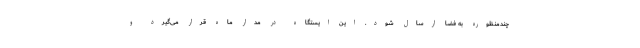
چندمنظوره به فضا ارسال شود. این ایستگاه در مدار ماه قرار می‌گیرد و